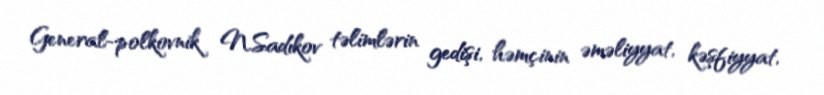
General-polkovnik N.Sadıkov təlimlərin gedişi, həmçinin əməliyyat, kəşfiyyat,